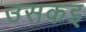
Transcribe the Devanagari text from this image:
उसकइ